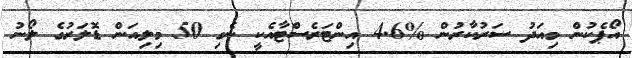
އޯޕެކުން މިއަދު ސަރުކާރުން %4.6 އިންޓަރެސްޓާއެކީ ނެގި 50 މިލިއަން ޑޮލަރުގެ ލޯނު